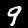
Label: 9